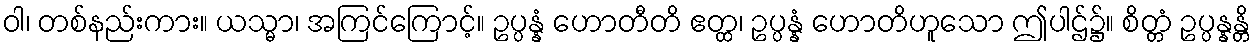
ဝါ၊ တစ်နည်းကား။ ယသ္မာ၊ အကြင်ကြောင့်။ ဥပ္ပန္နံ ဟောတီတိ ဧတ္ထ၊ ဥပ္ပန္နံ ဟောတိဟူသော ဤပါဌ်၌။ စိတ္တံ ဥပ္ပန္နန္တိ